Punjab Mental Hospital Lahore 1932-46 - 1932-1946
Year: 1932
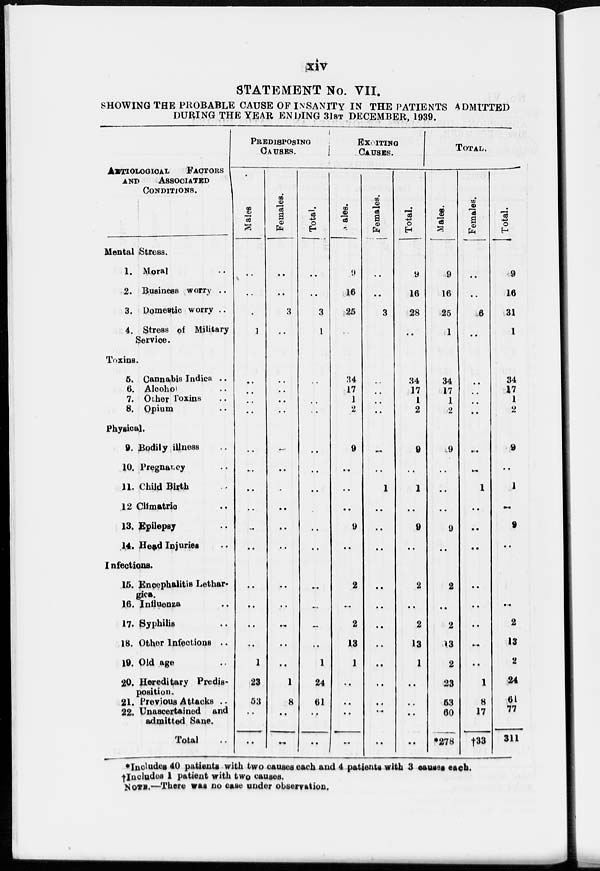
xiv
STATEMENT No. VII.
SHOWING THE PROBABLE CAUSE OF INSANITY IN THE PATIENTS ADMITTED
DURING THE YEAR ENDING 31ST DECEMBER, 1939.
AETIOLOGICAL FACTORES
AND ASSOCIATED
CONDITIONS.
Mental Stress.
1. Moral ..
2. Business worry ..
3. Domestic worry . .
4. Stress of Military
Service.
Toxins.
5. Cannabis Indica ..
6. Alcohol ..
7. Other Toxins ..
8. Opium ..
Physical.
9. Bodily illness ..
10. Pregnancy ..
11. Child Birth ..
12 Climatric ..
13. Epilepsy ..
14. Head Injuries ..
Infections.
15. Encephalitis Lethar-
gies.
16. Influenza ..
17. Syphilis ..
18. Other Infections ..
19. Old age ..
20. Hereditary Predis-
position.
21. Previous Attacks ..
22. Unascertained and
admitted Sane.
Total ..
PREDISPOSING
CAUSES.
Males
..
..
..
1
..
..
..
..
..
..
..
..
..
..
..
..
..
..
1
23
53
..
..
Females.
..
..
3
..
..
..
..
..
..
..
..
..
..
..
..
..
..
..
..
1
8
..
..
Total.
..
..
3
1
..
..
..
..
..
..
..
..
..
..
..
..
..
1
24
61
..
..
EXCITING
CAUSES.
Males.
9
16
25
..
34
17
1
2
9
..
..
..
9
..
2
..
2
13
1
..
..
..
..
Females.
..
..
3
..
..
..
..
..
..
1
..
..
..
..
..
..
..
..
..
..
..
..
Total.
9
16
28
..
34
17
1
2
9
..
1
..
9
..
2
..
2
13
1
..
..
..
..
TOTAL.
Males.
9
16
25
1
34
17
1
2
9
..
..
..
9
..
2
..
2
13
2
23
53
60
*278
Females.
..
..
6
..
..
..
..
..
..
..
1
..
..
..
..
. .
. .
..
..
1
8
17
†33
Total.
9
16
31
1
34
17
1
2
9
..
1
..
9
..
..
..
2
13
2
24
61
77
311
*Includes 40 patients with two causes each and 4 patients with 3 causes each.
†Includes 1 patient with two causes.
NOTE.—There was no case under observation.